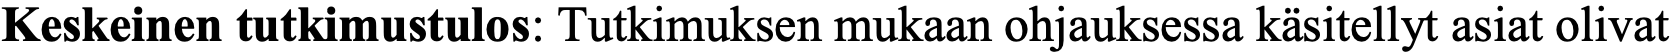
Keskeinen tutkimustulos: Tutkimuksen mukaan ohjauksessa käsitellyt asiat olivat